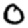
Digit: 0